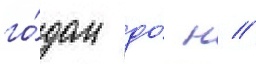
го́дом до́ н //